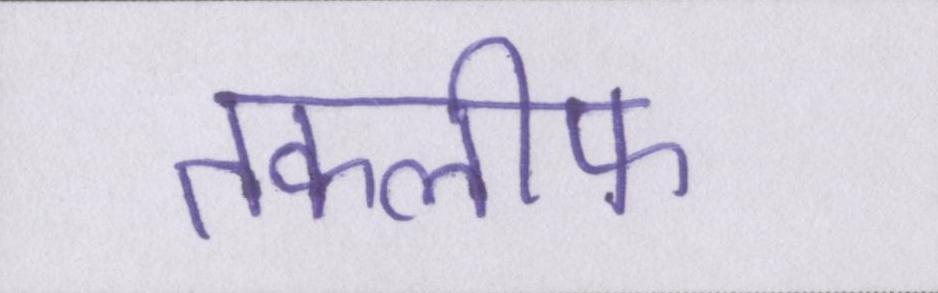
तकलीफ